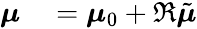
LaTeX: \begin{array}{rl}{\boldsymbol{\mu}}&{{}=\boldsymbol{\mu}_{0}+\Re\tilde{\boldsymbol{\mu}}}\end{array}